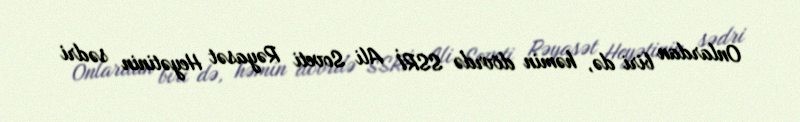
Onlardan biri də, həmin dövrdə SSRİ Ali Soveti Rəyasət Heyətinin sədri